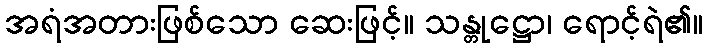
အရံအတားဖြစ်သော ဆေးဖြင့်။ သန္တုဋ္ဌော၊ ရောင့်ရဲ၏။